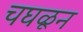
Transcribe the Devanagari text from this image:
चघळून